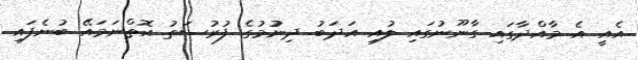
އެއީ އެ މާއްދާގައި ގާނޫނުގައި ލުއި އަދަބު ދިނުުމުގެ ފުރުސަތު އޮތްނަމައޭ ބުނެފައި